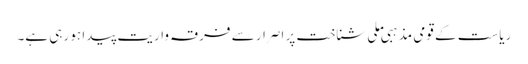
ریاست کے قومی مذہبی ملی شناخت پر اصرار سے فرقہ واریت پیدا ہو رہی ہے۔